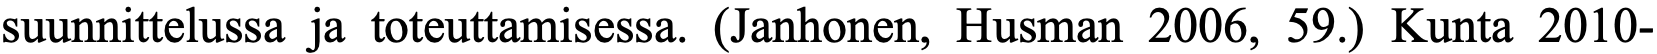
suunnittelussa ja toteuttamisessa. (Janhonen, Husman 2006, 59.) Kunta 2010-